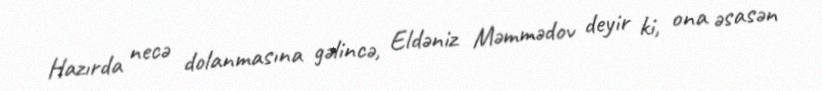
Hazırda necə dolanmasına gəlincə, Eldəniz Məmmədov deyir ki, ona əsasən